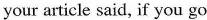
your article said, if you go